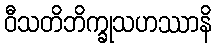
ဝီသတိဘိက္ခုသဟဿာနိ